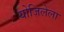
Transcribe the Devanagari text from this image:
योजिलेला